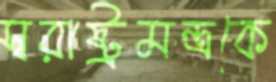
স্বরাষ্ট্রমন্ত্রকে